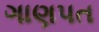
ગાણપત